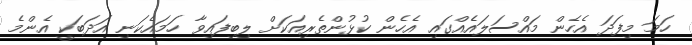
ހަމަ މިފަދަ އެހެން މައްސަލައެއްގައި އެހެން ކުޅުންތެރިއަކަށް ލިބިފައިވާ ހަމައެކަނި އަދަބަކީ އެންމެ